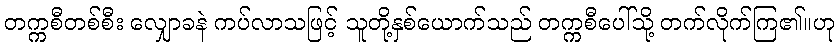
တက္ကစီတစ်စီး လျှောခနဲ ကပ်လာသဖြင့် သူတို့နှစ်ယောက်သည် တက္ကစီပေါ်သို့ တက်လိုက်ကြ၏။ဟု